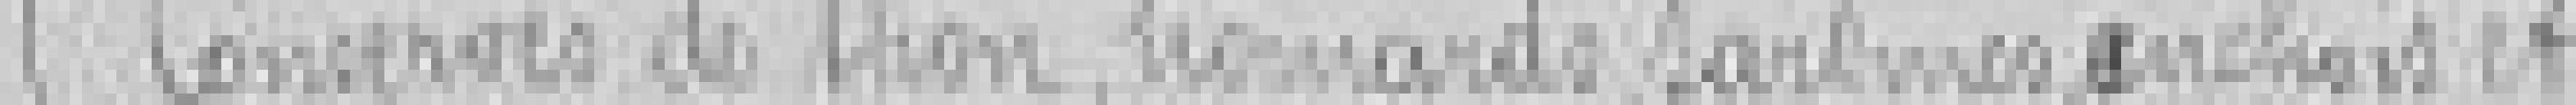
5. Conserves de thon, homards, salaisons, anchois etc